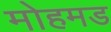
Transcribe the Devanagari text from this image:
मोहमड